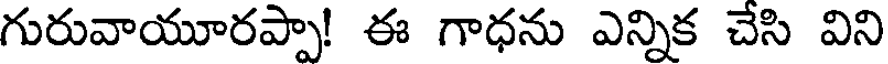
గురువాయూరప్పా! ఈ గాధను ఎన్నిక చేసి విని